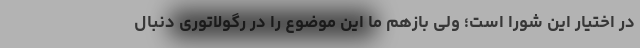
در اختیار این شورا است؛ ولی بازهم ما این موضوع را در رگولاتوری دنبال